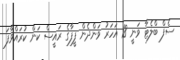
ސެފް ބްލެޓާ ވަނީ 18 އަހަރު ވަންދެން ފީފާގެ ރައީސް ކަން ކުރައްވާފަ